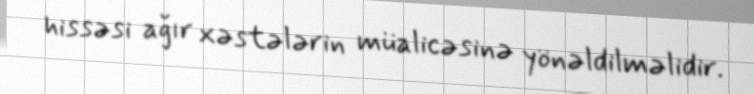
hissəsi ağır xəstələrin müalicəsinə yönəldilməlidir.